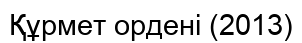
Құрмет ордені (2013)